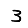
Digit: 3